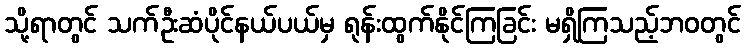
သို့ရာတွင် သက်ဦးဆံပိုင်နယ်ပယ်မှ ရုန်းထွက်နိုင်ကြခြင်း မရှိကြသည့်ဘဝတွင်